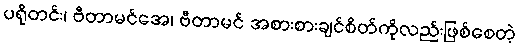
ပရိုတင်း၊ ဗီတာမင်အေ၊ ဗီတာမင် အစားစားချင်စိတ်ကိုလည်းဖြစ်စေတဲ့